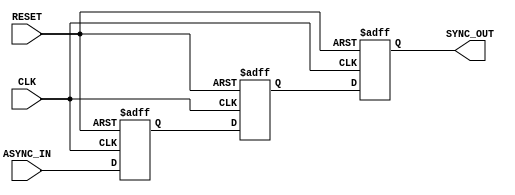
module async_to_sync_converter (
    input wire ASYNC_IN,      // Asynchronous input signal
    input wire CLK,           // Clock signal
    input wire RESET,         // Asynchronous reset signal
    output reg SYNC_OUT       // Synchronous output signal
);

    // Internal signals for metastability handling
    reg async_reg1;
    reg async_reg2;

    // Asynchronous reset and sampling logic
    always @(posedge CLK or posedge RESET) begin
        if (RESET) begin
            // Reset the output to a known state
            SYNC_OUT <= 1'b0;
            async_reg1 <= 1'b0;
            async_reg2 <= 1'b0;
        end else begin
            // First stage of synchronization
            async_reg1 <= ASYNC_IN;
            // Second stage of synchronization
            async_reg2 <= async_reg1;
            // Output synchronized to the clock
            SYNC_OUT <= async_reg2;
        end
    end

endmodule